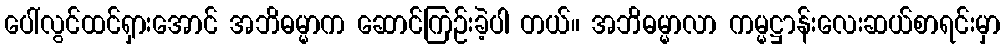
ပေါ်လွင်ထင်ရှားအောင် အဘိဓမ္မာက ဆောင်ကြဉ်းခဲ့ပါ တယ်။ အဘိဓမ္မာလာ ကမ္မဋ္ဌာန်းလေးဆယ်စာရင်းမှာ